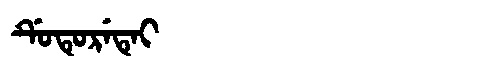
Manchu: ᡩᡠᡨᡠᡵᡝᡨᡝᡳ
Romanization: DUTURETEI